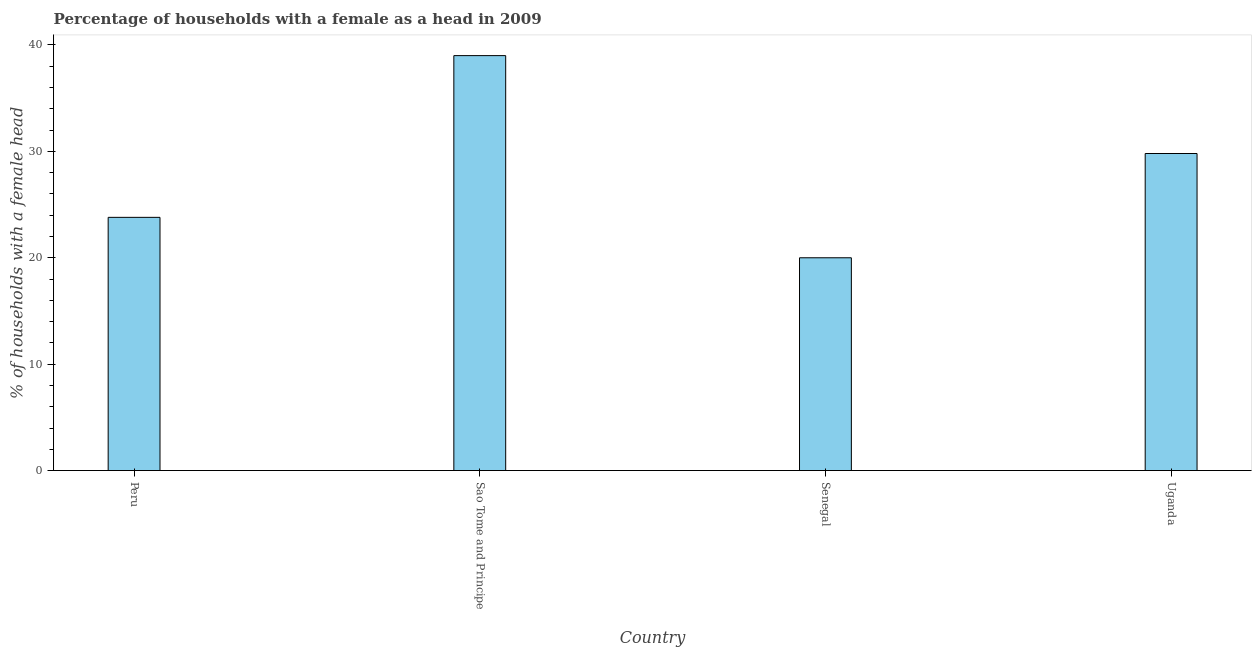
| Country | Female headed households |
 | --- | --- |
 | Peru | 23.8 |
 | Sao Tome and Principe | 39 |
 | Senegal | 20 |
 | Uganda | 29.8 |